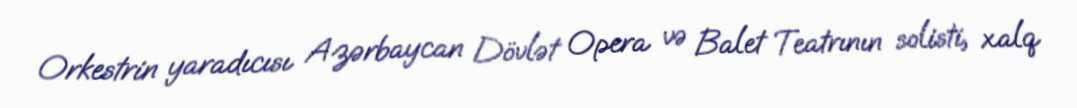
Orkestrin yaradıcısı Azərbaycan Dövlət Opera və Balet Teatrının solisti, xalq